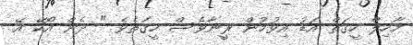
މާހިލް ހީގަތް އަޑު އިވުމުން ރީނާވެސް ހީގަތެވެ " ދެން އޯކޭ އޭ.